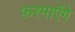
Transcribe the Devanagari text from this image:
फ़रमाएॅगे